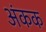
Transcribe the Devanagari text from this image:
अंकक